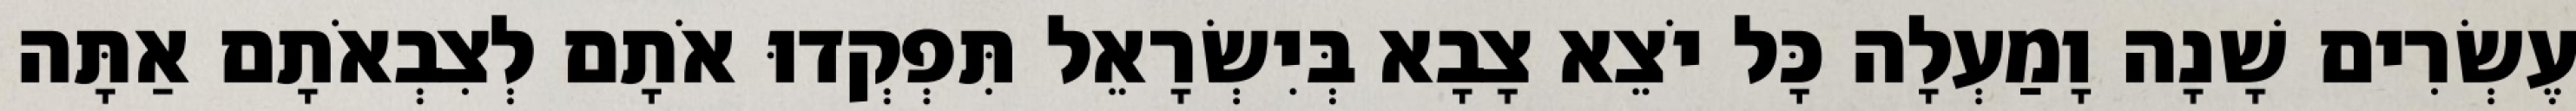
עֶשְׂרִים שָׁנָה וָמַעְלָה כָּל יֹצֵא צָבָא בְּיִשְׂרָאֵל תִּפְקְדוּ אֹתָם לְצִבְאֹתָם אַתָּה